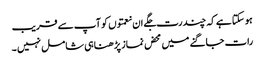
ہو سکتا ہے کہ چند رت جگے ان نعمتوں کو آپ سے قریب
رات جاگنے میں محض نماز پڑ ھنا ہی شامل نہیں ۔